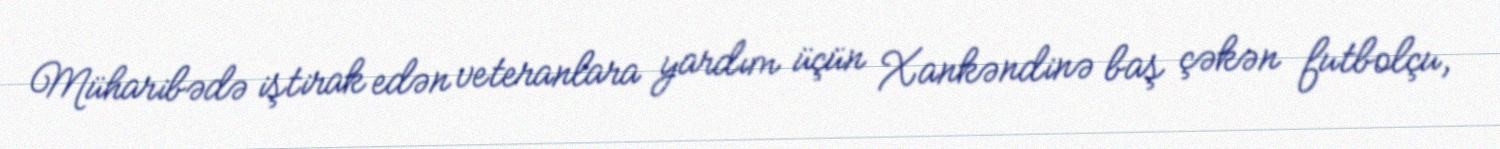
Müharibədə iştirak edən veteranlara yardım üçün Xankəndinə baş çəkən futbolçu,